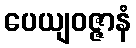
ပေယျဝဇ္ဇာနံ